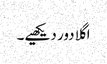
اگلا دور دیکھیے۔